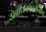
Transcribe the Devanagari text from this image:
प्रबोधनकारांनीच